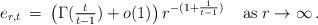
LaTeX: \begin{align*} e_{r,t} \: = \: \left(\Gamma({\textstyle \frac{t}{t-1}}) + o(1)\right) r^{-(1+\frac{1}{t-1})} \;\;\;\;{\rm as}\;r\to\infty \, .\end{align*}